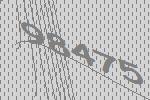
98475